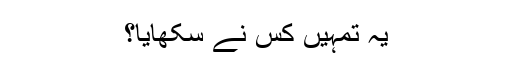
یہ تمہیں کس نے سکھایا؟